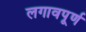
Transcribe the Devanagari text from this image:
लगावपूर्ण